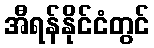
အီရန်နိုင်ငံတွင်